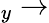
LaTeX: _y\rightarrow